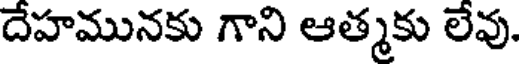
దేహమునకు గాని ఆత్మకు లేవు.